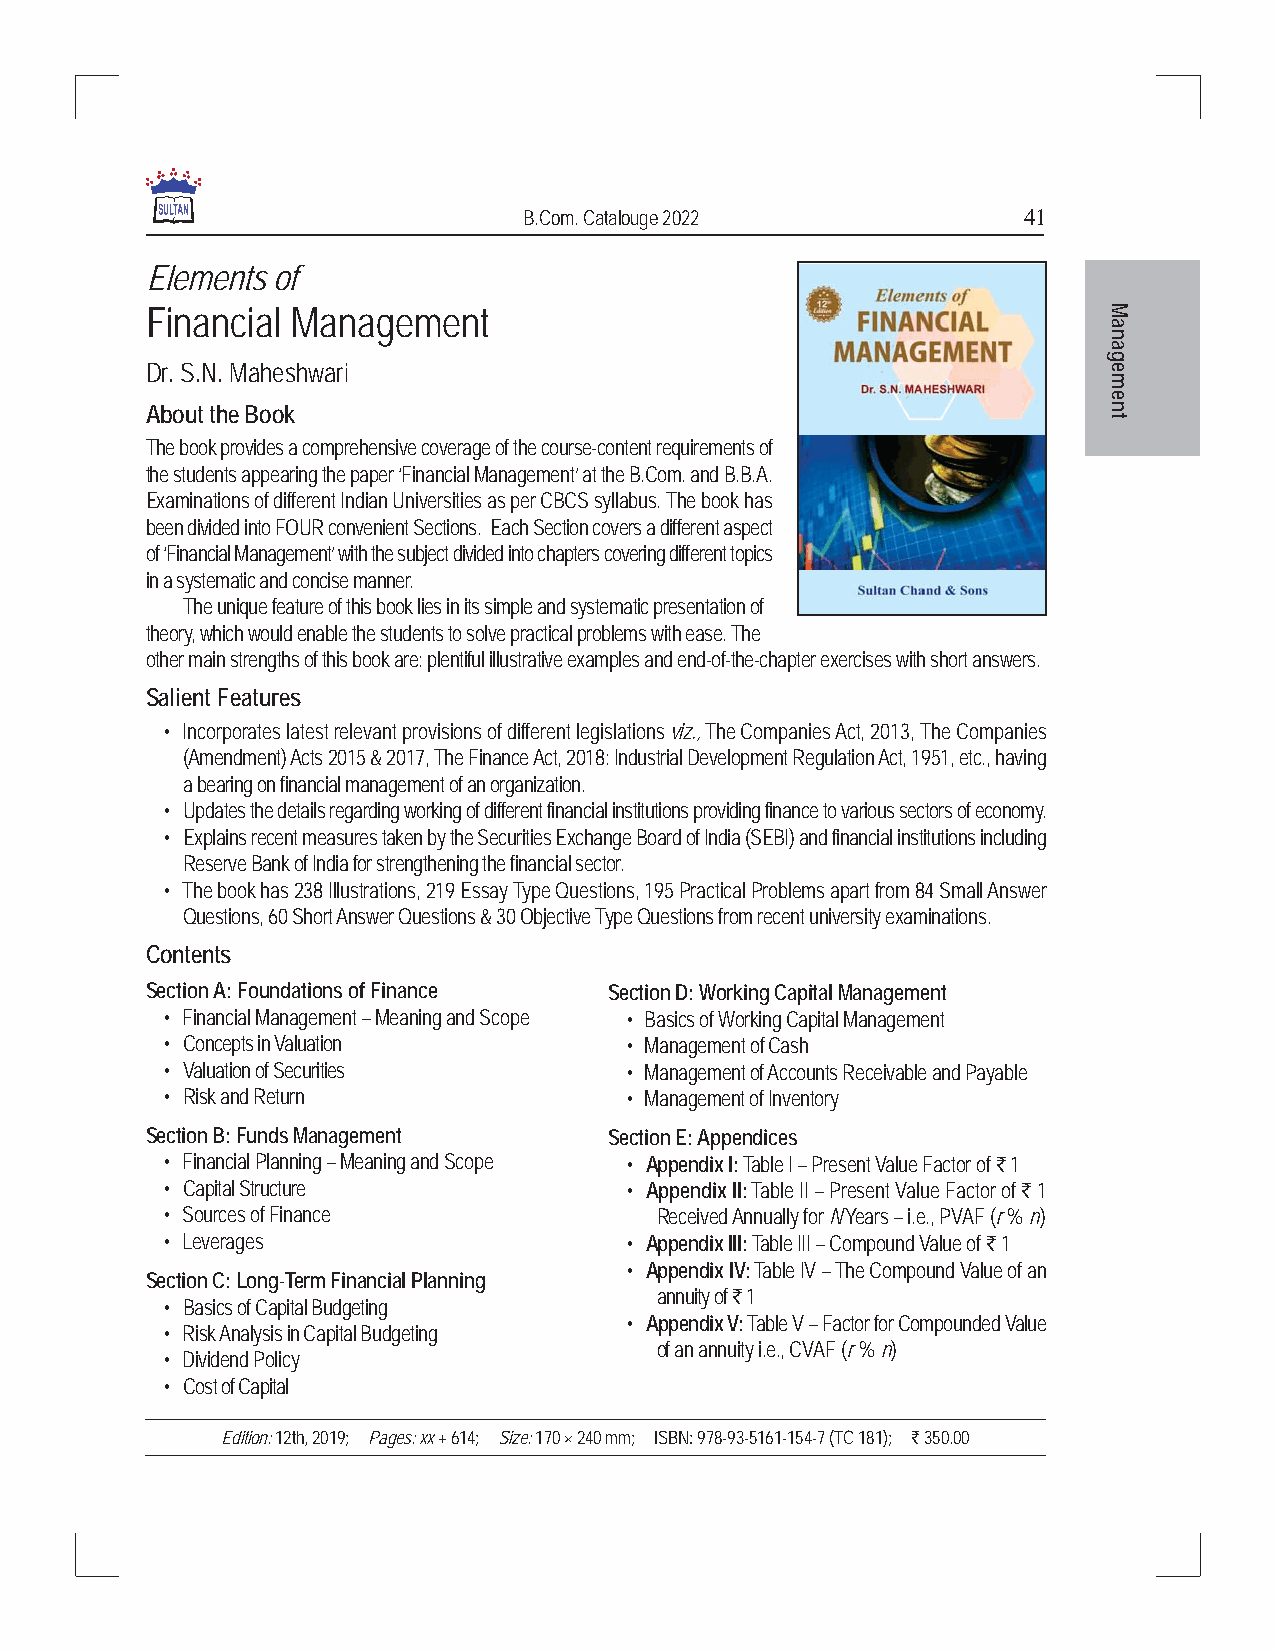
B.Com. Catalouge 2022            41
 Elements of
 Financial Management                                           M
 a
 n
 a
 g
 Dr. S.N. Maheshwari                                            e
 m
 e
 About the Book                                                 n
 t
 The book provides a comprehensive coverage of the course-content requirements of
 the students appearing the paper ‘Financial Management’ at the B.Com. and B.B.A.
 Examinations of different Indian Universities as per CBCS syllabus. The book has
 been divided into FOUR convenient Sections. Each Section covers a different aspect
 of ‘Financial Management’ with the subject divided into chapters covering different topics
 in a systematic and concise manner.
 The unique feature of this book lies in its simple and systematic presentation of
 theory, which would enable the students to solve practical problems with ease. The
 other main strengths of this book are: plentiful illustrative examples and end-of-the-chapter exercises with short answers.
 Salient Features
 • Incorporates latest relevant provisions of different legislations viz., The Companies Act, 2013, The Companies
 (Amendment) Acts 2015 & 2017, The Finance Act, 2018: Industrial Development Regulation Act, 1951, etc., having
 a bearing on financial management of an organization.
 • Updates the details regarding working of different financial institutions providing finance to various sectors of economy.
 • Explains recent measures taken by the Securities Exchange Board of India (SEBI) and financial institutions including
 Reserve Bank of India for strengthening the financial sector.
 • The book has 238 Illustrations, 219 Essay Type Questions, 195 Practical Problems apart from 84 Small Answer
 Questions, 60 Short Answer Questions & 30 Objective Type Questions from recent university examinations.
 Contents
 Section A: Foundations of Finance Section D: Working Capital Management
 • Financial Management – Meaning and Scope • Basics of Working Capital Management
 • Concepts in Valuation       • Management of Cash
 • Valuation of Securities     • Management of Accounts Receivable and Payable
 • Risk and Return             • Management of Inventory
 Section B: Funds Management   Section E: Appendices
 • Financial Planning – Meaning and Scope • Appendix I: Table I – Present Value Factor of ` 1
 • Capital Structure           • Appendix II: Table II – Present Value Factor of ` 1
 • Sources of Finance            Received Annually for N Years – i.e., PVAF (r % n)
 • Leverages                   • Appendix III: Table III – Compound Value of ` 1
 • Appendix IV: Table IV – The Compound Value of an
 Section C: Long-Term Financial Planning
 annuity of ` 1
 • Basics of Capital Budgeting
 • Appendix V: Table V – Factor for Compounded Value
 • Risk Analysis in Capital Budgeting
 of an annuity i.e., CVAF (r % n)
 • Dividend Policy
 • Cost of Capital
 Edition: 12th, 2019; Pages: xx + 614; Size: 170 × 240 mm; ISBN: 978-93-5161-154-7 (TC 181); ` 350.00